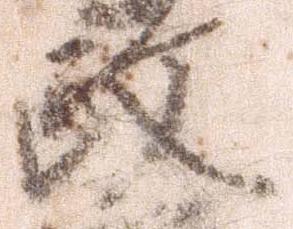
政